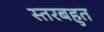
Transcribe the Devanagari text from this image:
स्तरबहुत